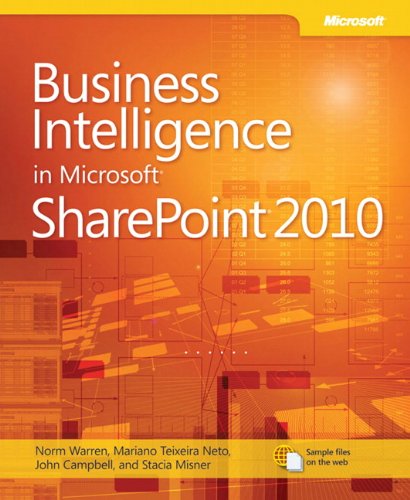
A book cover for Business Intelligence in Microsoft SharePoint 2010 (Business Skills); Norm Warren; Computers & Technology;